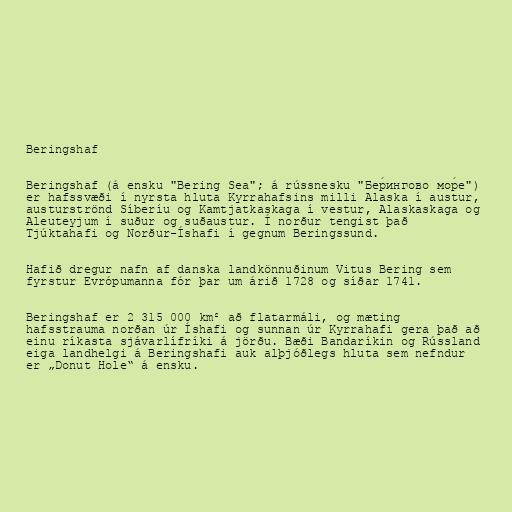
Beringshaf

Beringshaf (á ensku "Bering Sea"; á rússnesku "Бе́рингово мо́ре")
er hafssvæði í nyrsta hluta Kyrrahafsins milli Alaska í austur,
austurströnd Síberíu og Kamtjatkaskaga í vestur, Alaskaskaga og
Aleuteyjum í suður og suðaustur. Í norður tengist það
Tjúktahafi og Norður-Íshafi í gegnum Beringssund.

Hafið dregur nafn af danska landkönnuðinum Vitus Bering sem
fyrstur Evrópumanna fór þar um árið 1728 og síðar 1741.

Beringshaf er 2 315 000 km² að flatarmáli, og mæting
hafsstrauma norðan úr Íshafi og sunnan úr Kyrrahafi gera það að
einu ríkasta sjávarlífríki á jörðu. Bæði Bandaríkin og Rússland
eiga landhelgi á Beringshafi auk alþjóðlegs hluta sem nefndur
er „Donut Hole“ á ensku.